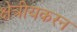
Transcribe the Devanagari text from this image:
क्षेत्रीयकरन